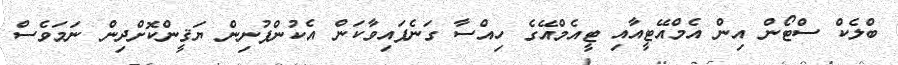
ބްލެކް ސްޓޯން އިން އެމްއޭޓީއާއި ޓީއެމްއޭގެ ހިއްސާ ގަނެފައިވާކަން އެކުންފުނިން ޔަޤީންކޮށްދިން ނަމަވެސް